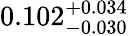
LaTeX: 0.102_{-0.030}^{+0.034}